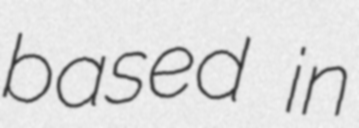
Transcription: based in